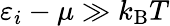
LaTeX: \varepsilon_{i}-\mu\gg k_{\mathrm{{B}}}T